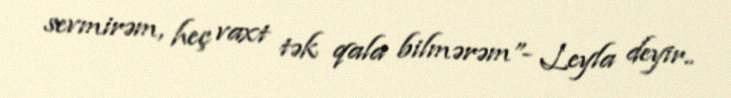
sevmirəm, heç vaxt tək qala bilmərəm”- Leyla deyir..